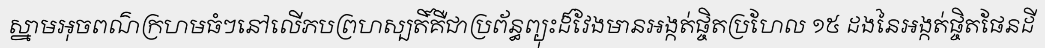
ស្នាមអុចពណ៌ក្រហមធំៗនៅលើភបព្រហស្បតិ៍គឺជាប្រព័ន្ធព្យុះដ៏វែងមានអង្កត់ផ្ចិតប្រហែល ១៥ ដងនៃអង្កត់ផ្ចិតផែនដី